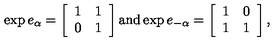
\exp e _ { \alpha } = \left[ \begin{array} { c c } { 1 } & { 1 } \\ { 0 } & { 1 } \\ \end{array} \right] \mathrm { a n d } \exp e _ { - \alpha } = \left[ \begin{array} { c c } { 1 } & { 0 } \\ { 1 } & { 1 } \\ \end{array} \right] ,